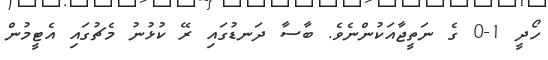
ހޯދީ 1-0 ގެ ނަތީޖާއަކުންނެވެ. ބާސާ ދަނޑުގައި ރޭ ކުޅުނު މެޗުގައި އެޓީމުން